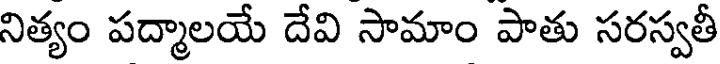
నిత్యం పద్మాలయే దేవి సామాం పాతు సరస్వతీ